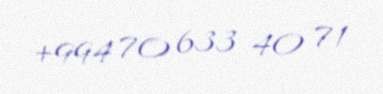
+994 70 633 40 71